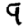
Digit: 9